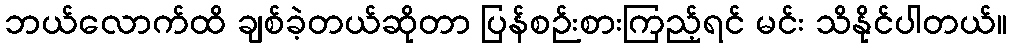
ဘယ်လောက်ထိ ချစ်ခဲ့တယ်ဆိုတာ ပြန်စဉ်းစားကြည့်ရင် မင်း သိနိုင်ပါတယ်။